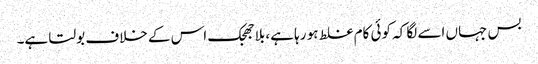
بس جہاں اسے لگا کہ کوئی کام غلط ہو رہا ہے، بلاجھجک اس کے خلاف بولتا ہے۔